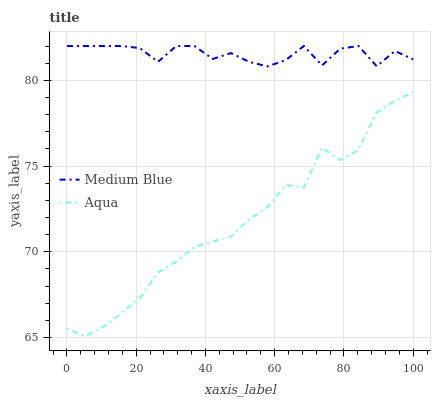
| xaxis_label | Medium Blue | Aqua |
 | --- | --- | --- |
 | 0 | 82 | 65.5 |
 | 5.26 | 82 | 65.1 |
 | 10.5 | 82 | 65.6 |
 | 15.8 | 82 | 66.4 |
 | 21.1 | 81.9 | 67.3 |
 | 26.3 | 81.1 | 68.8 |
 | 31.6 | 82 | 69.4 |
 | 36.8 | 82 | 70.3 |
 | 42.1 | 81.2 | 70.6 |
 | 47.4 | 81.6 | 70.9 |
 | 52.6 | 81.1 | 71.9 |
 | 57.9 | 80.8 | 72.6 |
 | 63.2 | 81.2 | 73.9 |
 | 68.4 | 82 | 73.7 |
 | 73.7 | 80.9 | 76.1 |
 | 78.9 | 81.8 | 75.3 |
 | 84.2 | 82 | 75.9 |
 | 89.5 | 80.8 | 78.1 |
 | 94.7 | 81.7 | 78.8 |
 | 100 | 81.2 | 79.3 |